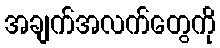
အချက်အလက်တွေကို